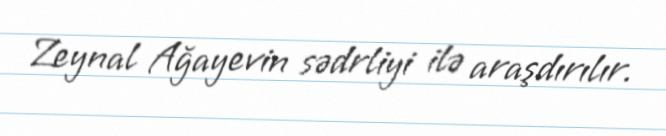
Zeynal Ağayevin sədrliyi ilə araşdırılır.